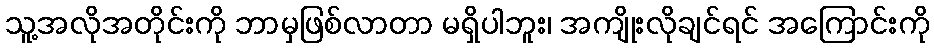
သူ့အလိုအတိုင်းကို ဘာမှဖြစ်လာတာ မရှိပါဘူး၊ အကျိုးလိုချင်ရင် အကြောင်းကို